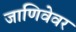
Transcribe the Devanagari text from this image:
जाणिवेवर